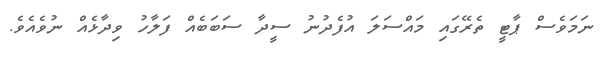
ނަމަވެސް ޕާޓީ ތެރޭގައި މައްސަލަ އުފެދުނު ސީދާ ސަބަބެއް ފަލާހު ވިދާޅެއް ނުވެއެވެ.